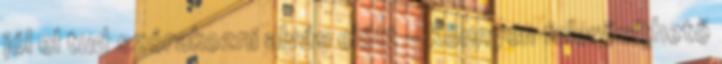
jól el tud szórakozni alvás előtt - Könnyen felerősíthető